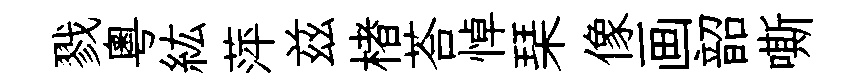
戮粵紘萍兹楮荅悼琹像画韶嘶